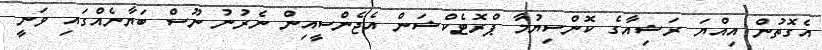
އެގޮތުން އިއްޔަ ރަޝިއާގެ ކޮންސިޔުމާ ޕްރޮޓެކްޝަން އެޖެންސީއިން ނެރުނު ނޫސް ބަޔާނެއްގައި ވަނީ